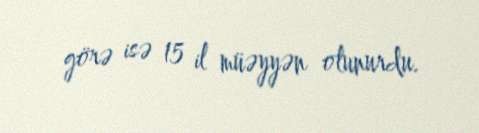
görə isə 15 il müəyyən olunurdu.